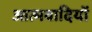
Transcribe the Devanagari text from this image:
आत्मवादियों